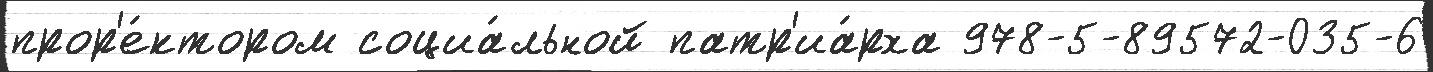
прор'е́ктором социа́льной патр'иа́рха 978-5-89572-035-6